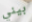
بيني